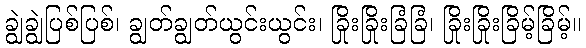
ချွဲချွဲပြစ်ပြစ်၊ ချွတ်ချွတ်ယွင်းယွင်း၊ ခြိုးခြိုးခြံခြံ၊ ခြိုးခြိုးခြိမ့်ခြိမ့်။